Report on the nature of kala-azar
Disease focus: Kala-Azar
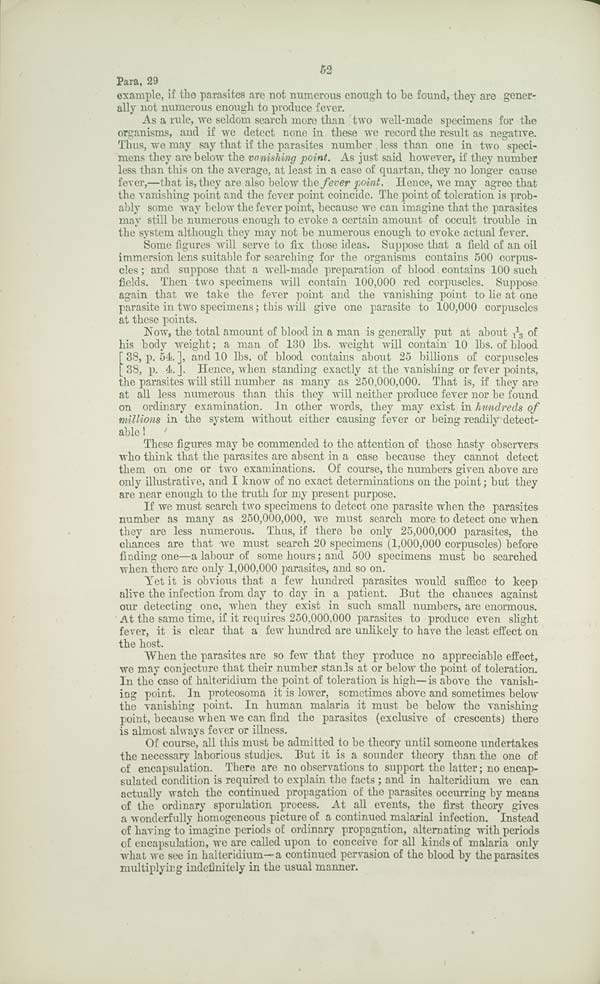
52
Para.29
example, if the parasites are not numerous enough to be found, they are gener-
ally not numerous enough to produce fever.
As a rule, we seldom search more than two well-made specimens for the
organisms, and if we detect none in these we record the result as negative.
Thus, we may say that if the parasites number less than one in two speci-
mens they are below the vanishing point. As just said however, if they number
less than this on the average, at least in a case of quartan, they no longer cause
fever,—that is, they are also below the fever point. Hence, we may agree that
the vanishing point and the fever point coincide. The point of toleration is prob-
ably some way below the fever point, because we can imagine that the parasites
may still be numerous enough to evoke a certain amount of occult trouble in
the system although they may not be numerous enough to evoke actual fever.
Some figures will serve to fix those ideas. Suppose that a field of an oil
immersion lens suitable for searching for the organisms contains 500 corpus-
cles; and suppose that a well-made preparation of blood contains 100 such
fields. Then two specimens will contain 100,000 red corpuscles. Suppose
again that we take the fever point and the vanishing point to lie at one
parasite in two specimens; this will give one parasite to 100,000 corpuscles
at these points.
Now, the total amount of blood in a man is generally put at about 1/13 of
his body weight; a man of 130 lbs. weight will contain 10 lbs. of blood
[38, p. 54.], and 10 lbs. of blood contains about 25 billions of corpuscles
[38, p. 4.]. Hence, when standing exactly at the vanishing or fever points,
the parasites will still number as many as 250,000,000. That is, if they are
at all less numerous than this they will neither produce fever nor be found
on ordinary examination. In other words, they may exist in hundreds of
millions in the system without either causing fever or being readily detect-
able !
These figures may be commended to the attention of those hasty observers
who think that the parasites are absent in a case because they cannot detect
them on one or two examinations. Of course, the numbers given above are
only illustrative, and I know of no exact determinations on the point; but they
are near enough to the truth for my present purpose.
If we must search two specimens to detect one parasite when the parasites
number as many as 250,000,000, we must search more to detect one when
they are less numerous. Thus, if there be only 25,000,000 parasites, the
chances are that we must search 20 specimens (1,000,000 corpuscles) before
finding one—a labour of some hours; and 500 specimens must be searched
when there are only 1,000,000 parasites, and so on.
Yet it is obvious that a few hundred parasites would suffice to keep
alive the infection from day to day in a patient. But the chances against
our detecting one, when they exist in such small numbers, are enormous.
At the same time, if it requires 250,000,000 parasites to produce even slight
fever, it is clear that a few hundred are unlikely to have the least effect on
the host.
When the parasites are so few that they produce no appreciable effect,
we may conjecture that their number stands at or below the point of toleration.
In the case of halteridium the point of toleration is high—is above the vanish-
ing point. In proteosoma it is lower, sometimes above and sometimes below
the vanishing point. In human malaria it must be below the vanishing
point, because when we can find the parasites (exclusive of crescents) there
is almost always fever or illness.
Of course, all this must be admitted to be theory until someone undertakes
the necessary laborious studies. But it is a sounder theory than the one of
of encapsulation. There are no observations to support the latter; no encap-
sulated condition is required to explain the facts; and in halteridium we can
actually watch the continued propagation of the parasites occurring by means
of the ordinary sporulation process. At all events, the first theory gives
a wonderfully homogeneous picture of a continued malarial infection. Instead
of having to imagine periods of ordinary propagation, alternating with periods
of encapsulation, we are called upon to conceive for all kinds of malaria only
what we see in halteridium—a continued pervasion of the blood by the parasites
multiplying indefinitely in the usual manner.